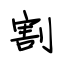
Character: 割